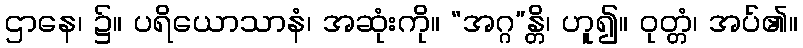
ဌာနေ၊ ၌။ ပရိယောသာနံ၊ အဆုံးကို။ “အဂ္ဂ”န္တိ၊ ဟူ၍။ ဝုတ္တံ၊ အပ်၏။